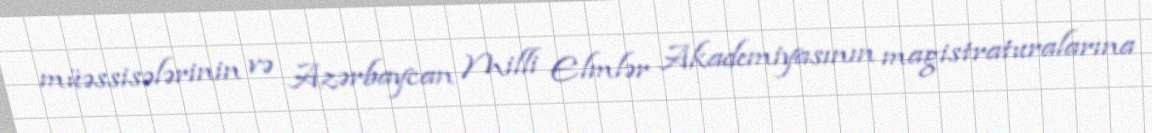
müəssisələrinin və Azərbaycan Milli Elmlər Akademiyasının magistraturalarına